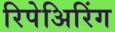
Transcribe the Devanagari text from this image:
रिपेअिरिंग